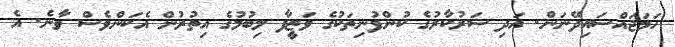
ހަމަޖައްސައިދޭނަން. އަދި ސަރުކާރުގެ ކުންފުނިތަކުގެ ވަޒީފާ ލިބުމުގެ އިތުރުން އެކަންވެސް ވާނެ. އެ